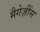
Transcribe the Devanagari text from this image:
मैगेज़ींस